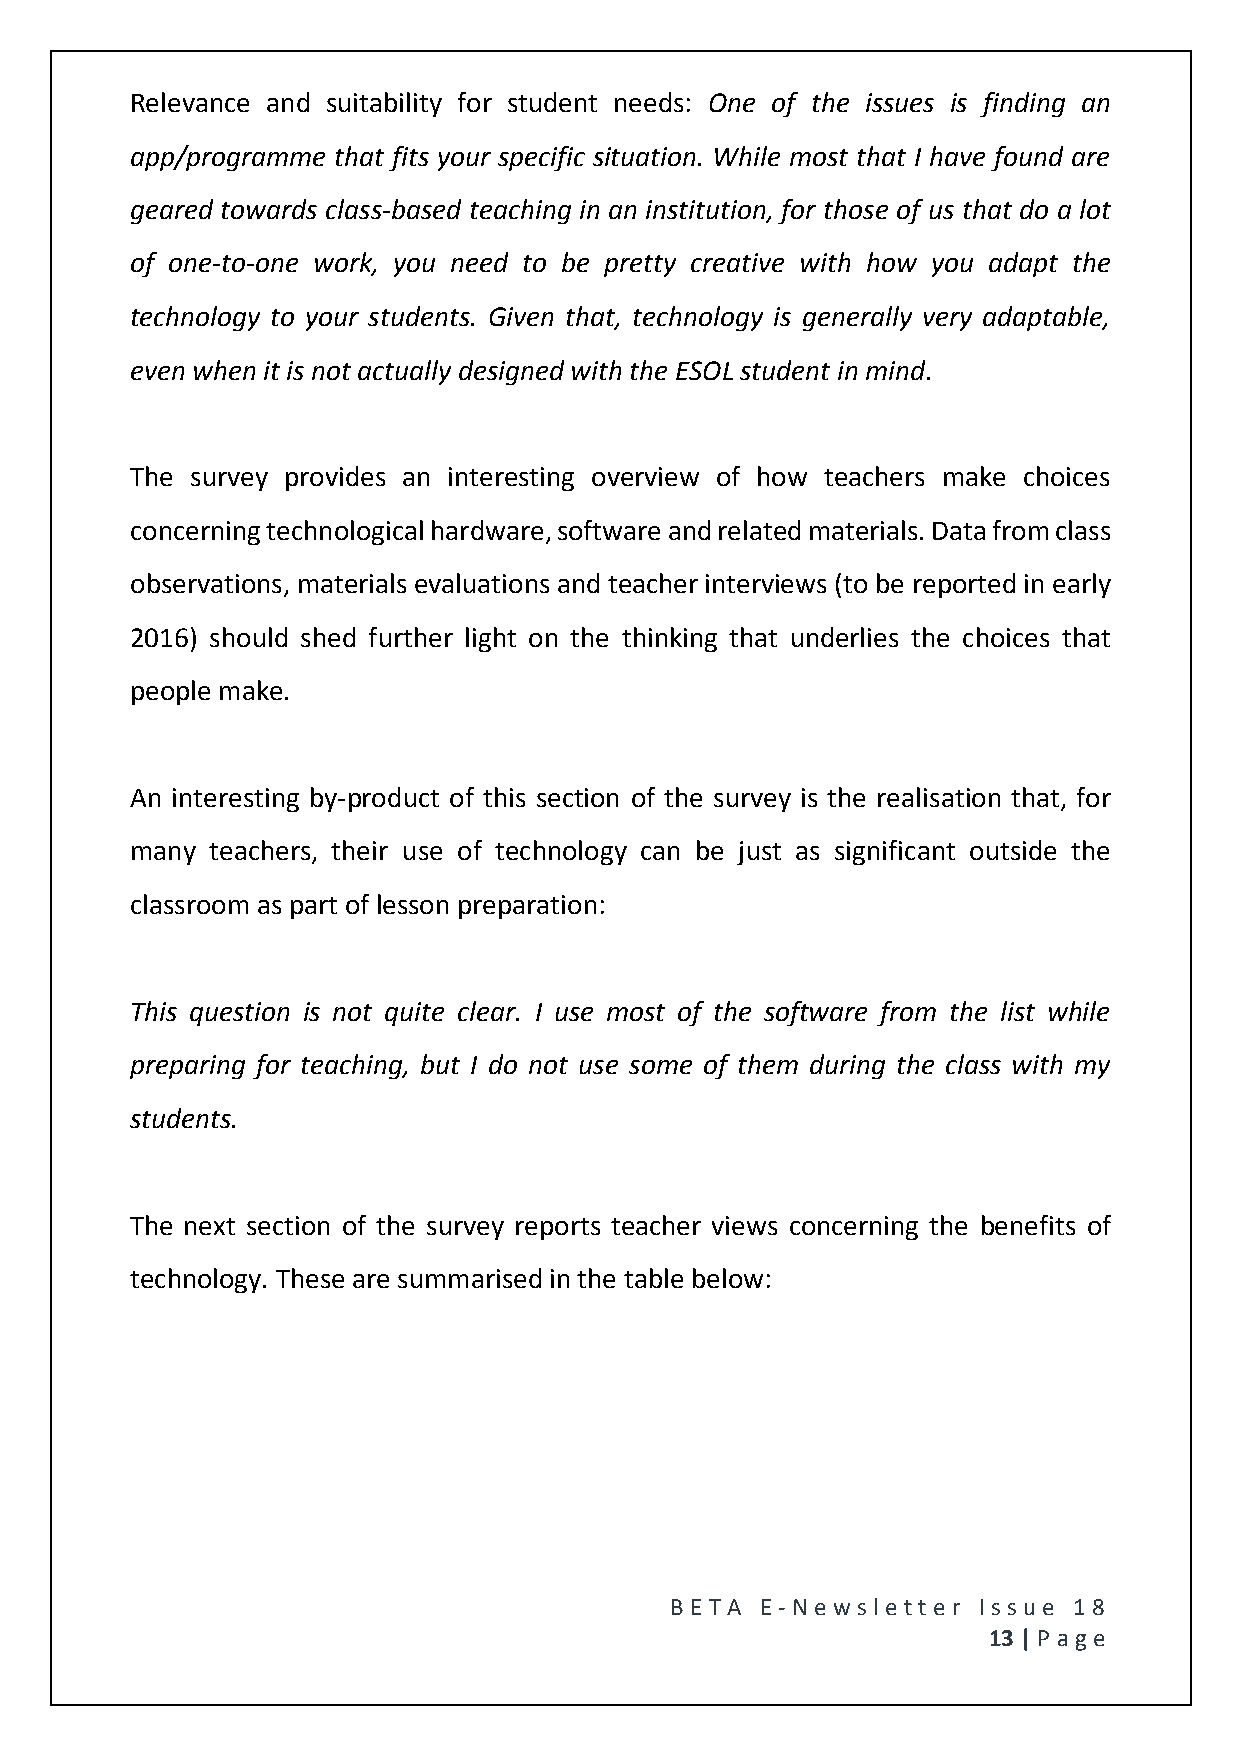
Relevance and suitability for student needs: One of the issues is finding an
 app/programme that fits your specific situation. While most that I have found are
 geared towards class-based teaching in an institution, for those of us that do a lot
 of one-to-one work, you need to be pretty creative with how you adapt the
 technology to your students. Given that, technology is generally very adaptable,
 even when it is not actually designed with the ESOL student in mind.
 The survey provides an interesting overview of how teachers make choices
 concerning technological hardware, software and related materials. Data from class
 observations, materials evaluations and teacher interviews (to be reported in early
 2016) should shed further light on the thinking that underlies the choices that
 people make.
 An interesting by-product of this section of the survey is the realisation that, for
 many teachers, their use of technology can be just as significant outside the
 classroom as part of lesson preparation:
 This question is not quite clear. I use most of the software from the list while
 preparing for teaching, but I do not use some of them during the class with my
 students.
 The next section of the survey reports teacher views concerning the benefits of
 technology. These are summarised in the table below:
 BE T A E -N e wsle tt e r Issue 18
 13 | P age